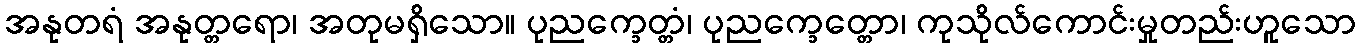
အနုတရံ အနုတ္တရော၊ အတုမရှိသော။ ပုညက္ခေတ္တံ၊ ပုညက္ခေတ္တော၊ ကုသိုလ်ကောင်းမှုတည်းဟူသော